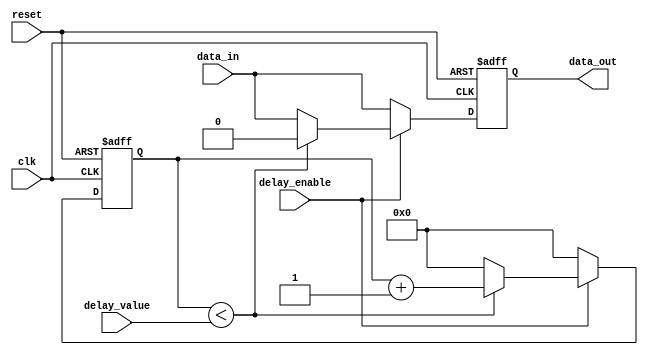
module nand_gate_delay (
    input wire clk,
    input wire reset,
    input wire delay_enable,
    input wire [7:0] delay_value,
    input wire data_in,
    output reg data_out
);

reg [7:0] counter;

always @(posedge clk or posedge reset) begin
    if (reset) begin
        counter <= 8'b0;
        data_out <= 1'b0;
    end else begin
        if (delay_enable) begin
            if (counter < delay_value) begin
                counter <= counter + 1;
                data_out <= 1'b0;
            end else begin
                counter <= 8'b0;
                data_out <= data_in;
            end
        end else begin
            counter <= 8'b0;
            data_out <= data_in;
        end
    end
end

endmodule